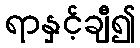
ရာနှင့်ချီ၍